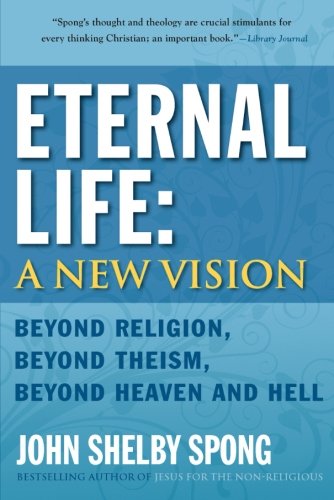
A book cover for Eternal Life: A New Vision: Beyond Religion, Beyond Theism, Beyond Heaven and Hell; John Shelby Spong; Christian Books & Bibles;